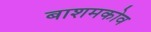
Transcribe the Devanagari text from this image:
बाशमकोव